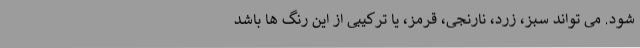
شود. می تواند سبز، زرد، نارنجی، قرمز، یا ترکیبی از این رنگ ها باشد